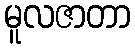
မူလဇာတာ